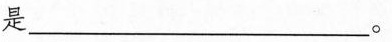
是 __________________。